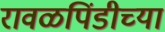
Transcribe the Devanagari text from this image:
रावळपिंडीच्या